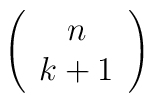
\left(  \begin{array}{c}n \\k+1\end{array} \right)